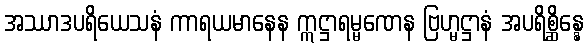
အဿာဒပရိယေသနံ ကာရယမာနေန ဣဋ္ဌာရမ္မဏေန ဗြဟ္မဋ္ဌာနံ အပရိစ္ဆိန္နေ